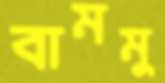
বামমু